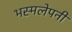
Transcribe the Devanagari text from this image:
भस्मलेपनी